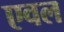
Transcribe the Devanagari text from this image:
एवल